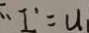
\therefore I ^ { \prime } = u